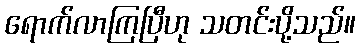
ရောက်လာကြပြီဟု သတင်းပို့သည်။